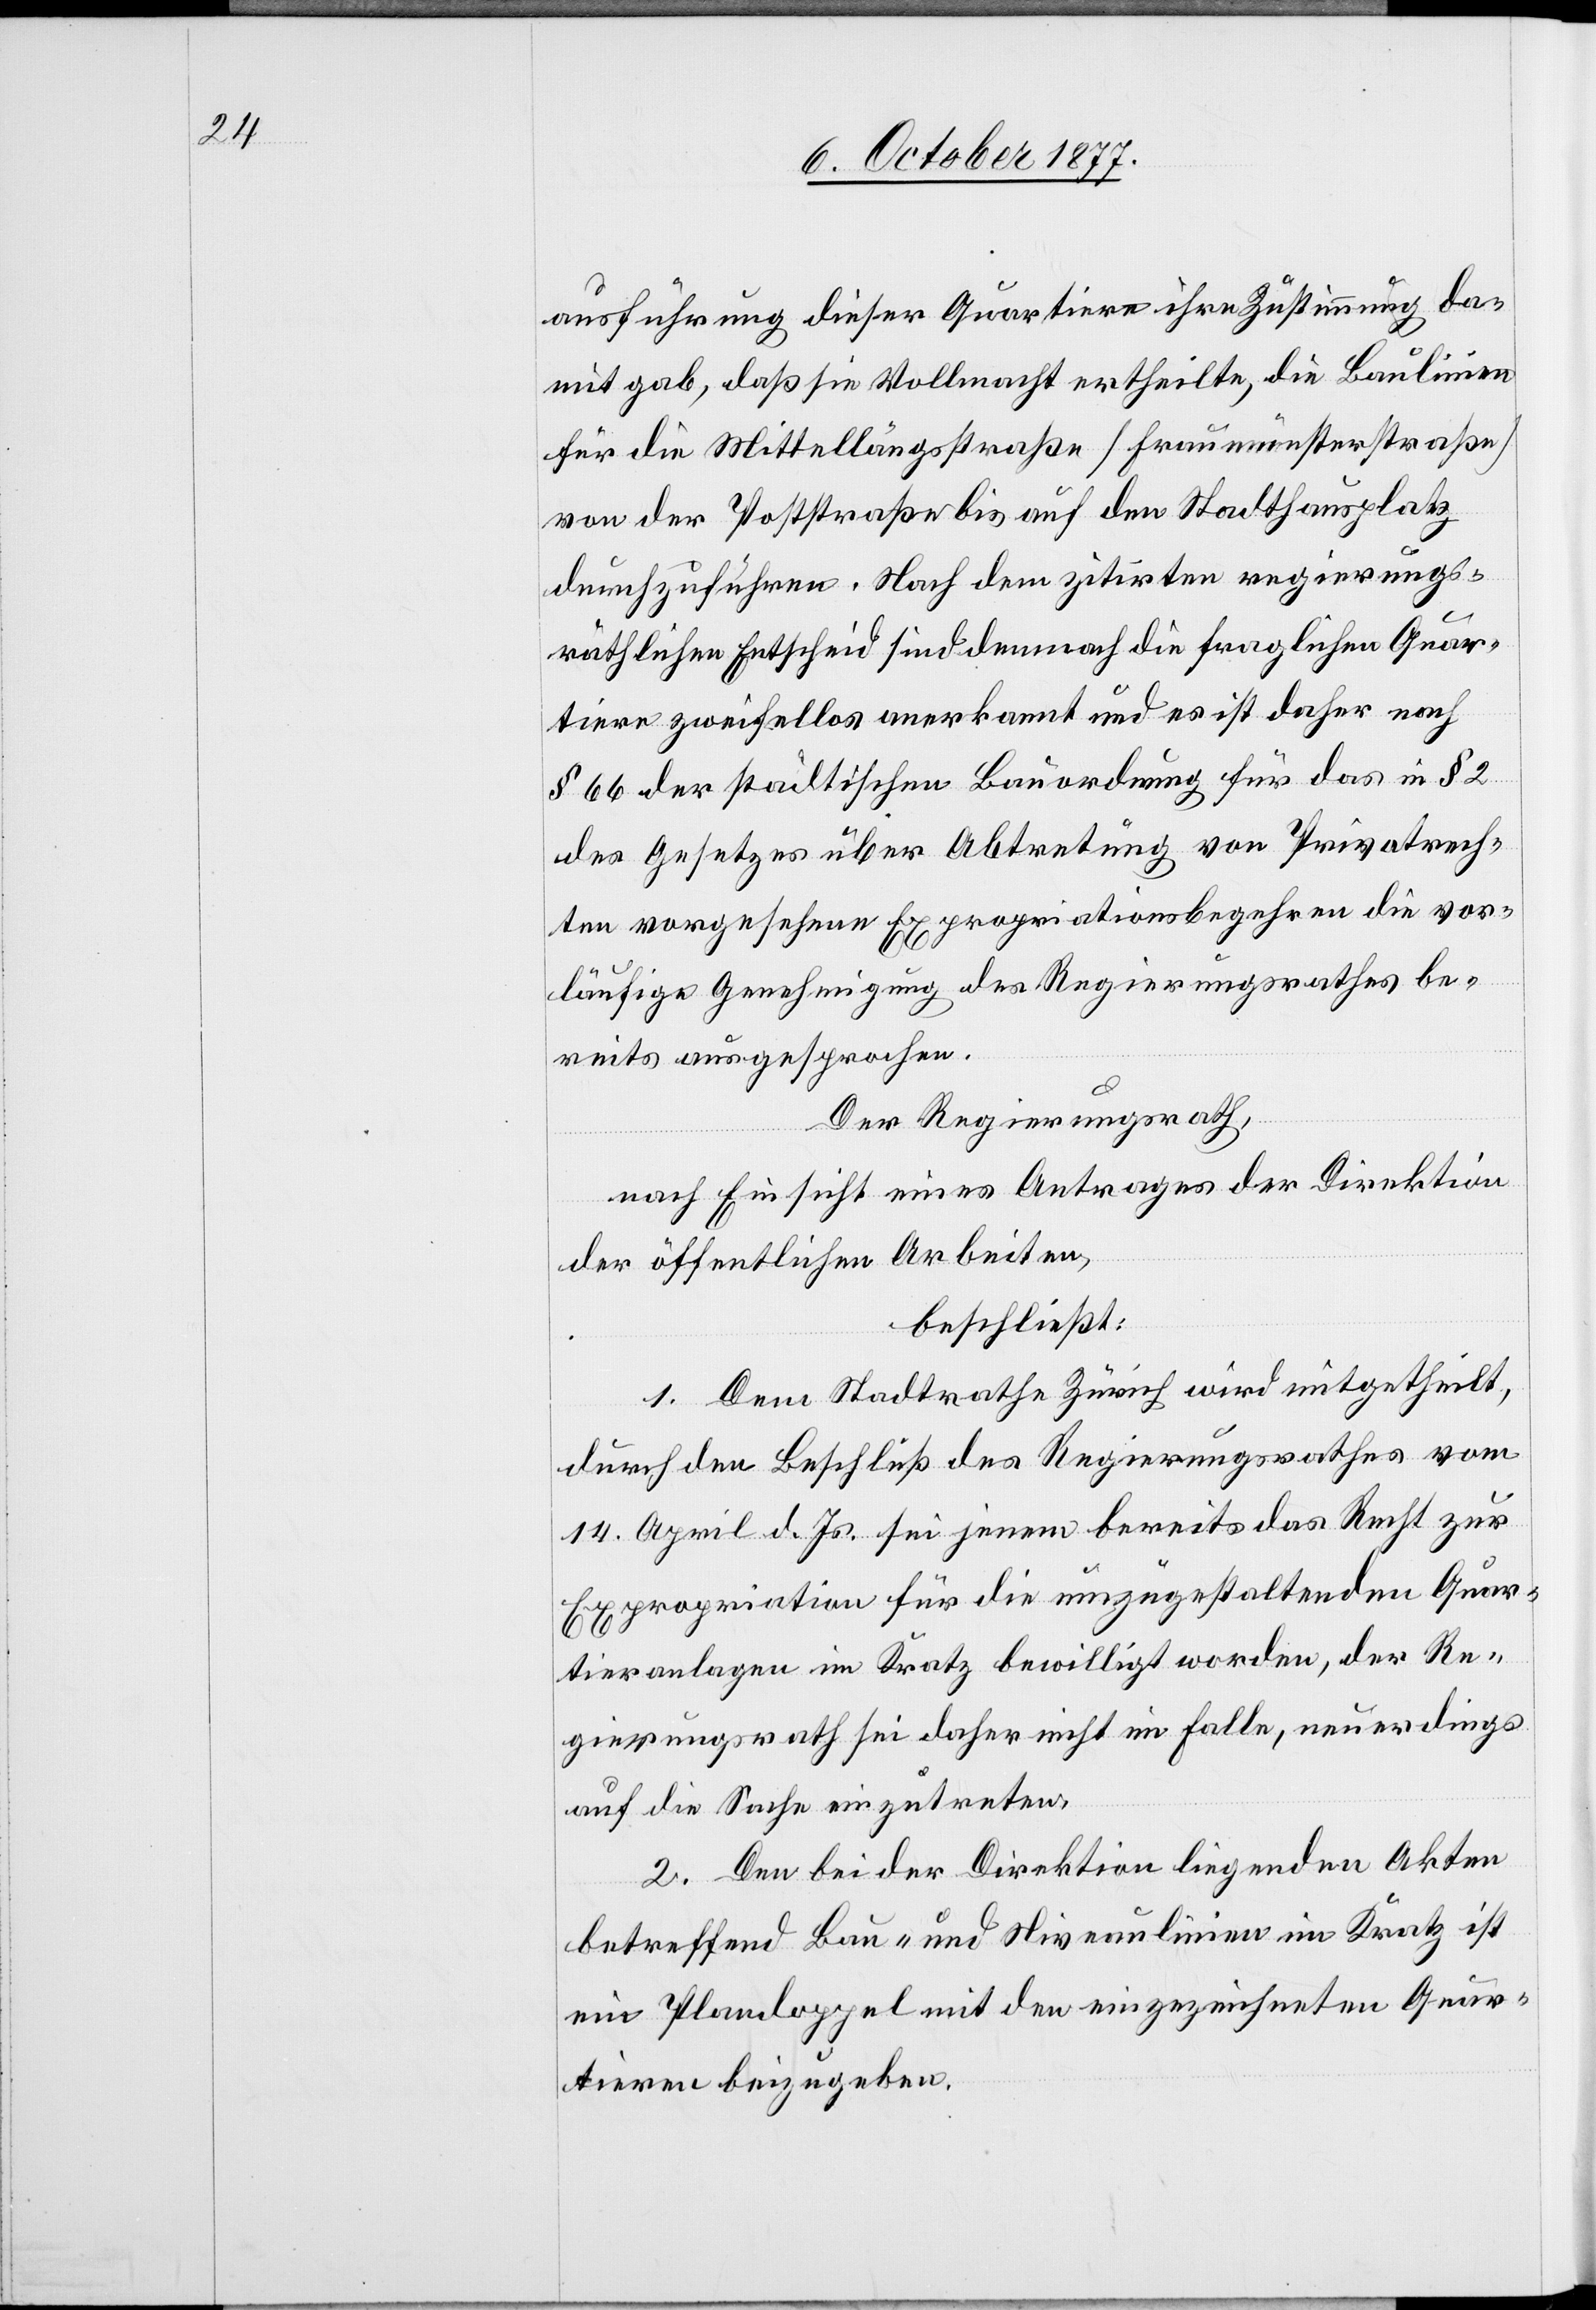
ausführung dieser Quartiere ihre Zustimmung da¬
mit gab, daß sie Vollmacht ertheilte, die Baulinien
für die Mittellängsstraße [Fraumünsterstraße]
von der Poststraße bis auf den Stadthausplatz
durchzuführen. Nach dem zitirten regierungs¬
räthlichen Entscheid sind demnach die fraglichen Quar¬
tiere zweifellos anerkannt und es ist daher nach
§ 66 der städtischen Bauordnung für das in § 2
des Gesetzes über Abtretung von Privatrech¬
ten vorgesehene Expropriationsbegehren die vor¬
läufige Genehmigung des Regierungsrathes be¬
reits ausgesprochen.
Der Regierungsrath,
nach Einsicht eines Antrages der Direktion
der öffentlichen Arbeiten,
beschließt:
1. Dem Stadtrathe Zürich wird mitgetheilt,
durch den Beschluß des Regierungsrathes vom
14. April d. Js. sei jenem bereits das Recht zur
Expropriation für die umzugestaltenden Quar¬
tieranlagen im Kratz bewilligt worden, der Re¬
gierungsrath sei daher nicht im Falle, neuerdings
auf die Sache einzutreten.
2. Den bei der Direktion liegenden Akten
betreffend Bau- und Niveaulinien im Kratz ist
ein Plandoppel mit den eingezeichneten Quar¬
tieren beizugeben.